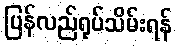
ပြန်လည်ရုပ်သိမ်းရန်